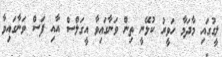
ލީގުގައި މާދަމާ ހަވީރު ކުޅޭނީ ތިން ވަނާގައިވާ އީގަލްސް އާއި ފަސް ވަނާގައިވާ